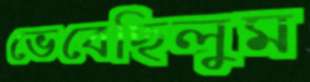
ভেবেছিলুম